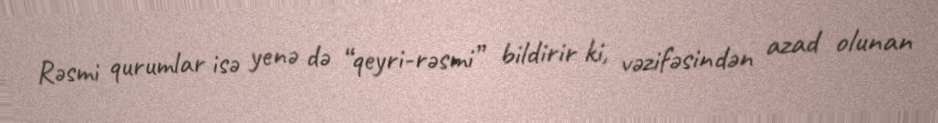
Rəsmi qurumlar isə yenə də “qeyri-rəsmi” bildirir ki, vəzifəsindən azad olunan